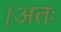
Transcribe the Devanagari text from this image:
।अतः